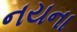
નયના